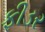
ફીડર